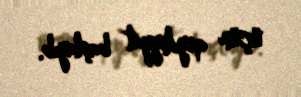
üçün qeydiyyat başlayıb.